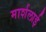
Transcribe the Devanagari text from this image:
मार्शलाई